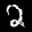
Label: 2